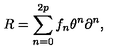
R = \sum _ { n = 0 } ^ { 2 p } f _ { n } \theta ^ { n } \partial ^ { n } ,